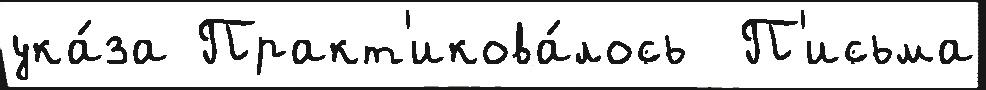
ука́за Практ'икова́лось  П'исьма